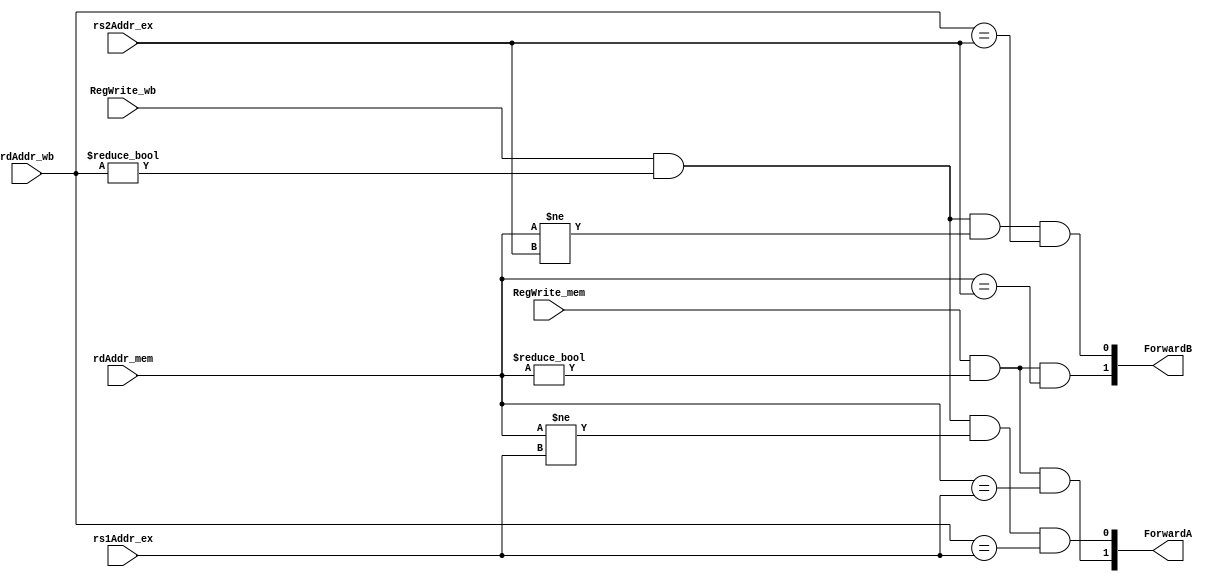
module Forwarding (
    input RegWrite_wb, RegWrite_mem,
    input [4:0] rdAddr_wb, rs1Addr_ex, rdAddr_mem, rs2Addr_ex, 
    output [1:0] ForwardA, ForwardB
);
    assign ForwardA[0]= RegWrite_wb && (rdAddr_wb!=0) && (rdAddr_mem!=rs1Addr_ex)
                        && (rdAddr_wb==rs1Addr_ex);
    assign ForwardA[1]= RegWrite_mem && (rdAddr_mem!=0) && (rdAddr_mem==rs1Addr_ex);
    assign ForwardB[0]= RegWrite_wb && (rdAddr_wb!=0) && (rdAddr_mem!=rs2Addr_ex)
                        && (rdAddr_wb==rs2Addr_ex);
    assign ForwardB[1]= RegWrite_mem && (rdAddr_mem!=0) && (rdAddr_mem==rs2Addr_ex);

endmodule